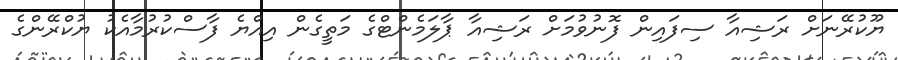
ޔޫކުރޭނަށް ރަޝިއާ ސިފައިން ފޮނުވުމަށް ރަޝިއާ ޕާލަމެންޓްގެ މަތީގެން އިއްޔެ ފާސްކުރުމާއެކު ޔުކްރޭންގެ